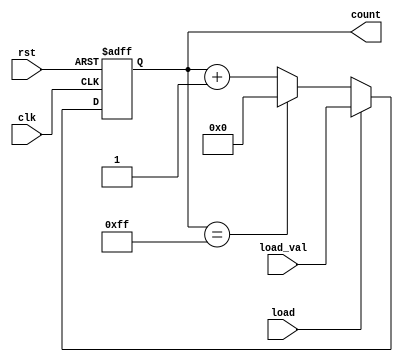
module LoadableCounter (
    input wire clk,              // Clock signal
    input wire rst,              // Reset signal (active high)
    input wire load,             // Load signal (active high)
    input wire [7:0] load_val,   // Value to load into the counter
    output reg [7:0] count       // Current counter value
);

// Define the maximum and minimum values for the 8-bit counter
localparam MAX_COUNT = 8'hFF;   // Maximum value for an 8-bit counter
localparam MIN_COUNT = 8'h00;   // Minimum value for an 8-bit counter

// Always block triggered on the rising edge of the clock
always @(posedge clk or posedge rst) begin
    if (rst) begin
        // Asynchronous reset: set count to minimum value
        count <= MIN_COUNT;
    end else if (load) begin
        // Load operation: set count to load_val
        count <= load_val;
    end else begin
        // Counting operation: increment counter
        if (count == MAX_COUNT) begin
            count <= MIN_COUNT; // Wrap around to minimum value
        end else begin
            count <= count + 1; // Increment the counter
        end
    end
end

endmodule